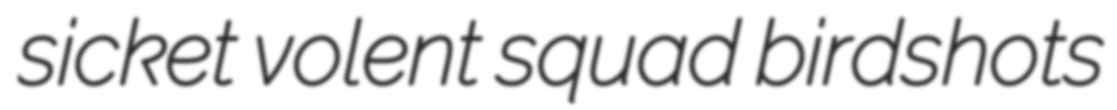
sicket volent squad birdshots